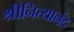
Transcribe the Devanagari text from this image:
श्रीनित्यानंद